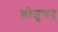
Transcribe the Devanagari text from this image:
शोशुचद्